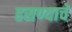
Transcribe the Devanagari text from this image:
हसण्याचे